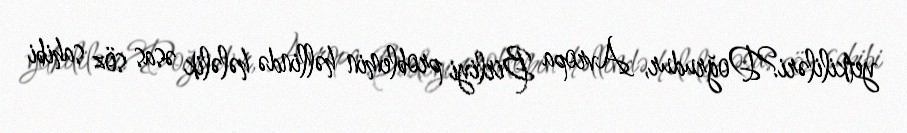
yetkililəri?Doğrudur, Avropa Birliyi problemin həllində hələlik əsas söz sahibi